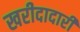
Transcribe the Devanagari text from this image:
खरीदादारी